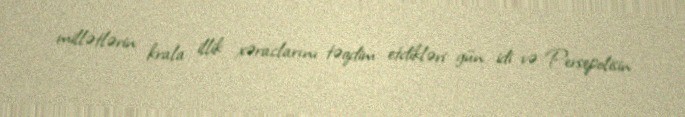
millətlərin krala illik xəraclarını təqdim etdikləri gün idi və Persepolisin